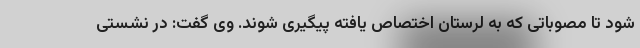
شود تا مصوباتی که به لرستان اختصاص یافته پیگیری شوند. وی گفت: در نشستی